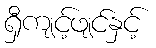
ရှီကျင့်ဖျင်နှင့်